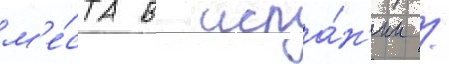
м'е́ста в испа́н'ии /